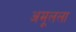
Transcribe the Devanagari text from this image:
अमूलला